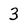
Character: 3